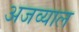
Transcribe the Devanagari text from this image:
अजव्याल